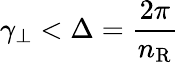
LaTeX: \gamma_{\perp}<\Delta=\frac{2\pi}{n_{\mathrm{R}}}